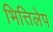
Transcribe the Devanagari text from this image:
भित्तिलेप